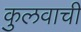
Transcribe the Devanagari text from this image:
कुलवाची